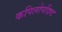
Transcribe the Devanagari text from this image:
कपिलोपदिष्ट